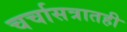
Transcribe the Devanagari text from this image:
चर्चासत्रातही